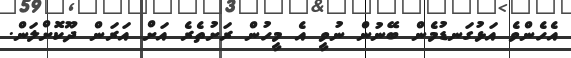
އެހެންވެ އަޅުގަނޑުމެން ބޭނުން ނުވީ އެ މީހުން ރަށުތެރެ އަށް އަރަން ދޫކޮށްލަން.